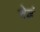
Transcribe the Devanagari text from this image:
बेढं